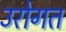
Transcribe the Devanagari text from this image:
उरोगत